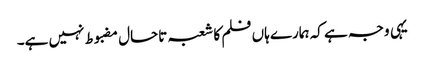
یہی وجہ ہے کہ ہمارے ہاں فلم کا شعبہ تاحال مضبوط نہیں ہے۔